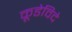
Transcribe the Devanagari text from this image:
कूडेविदे